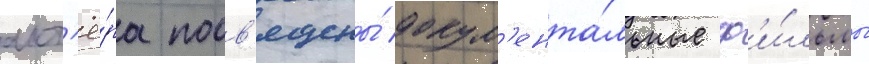
акт'ё́ра посв'ящены́ докум'ента́льные ф'и́льмы